DOW-UAP-D33, Mission Report, Greece, October 2023
Agency: Department of War
Incident date: 10/27/23
Incident location: Aegean Sea
Page 3
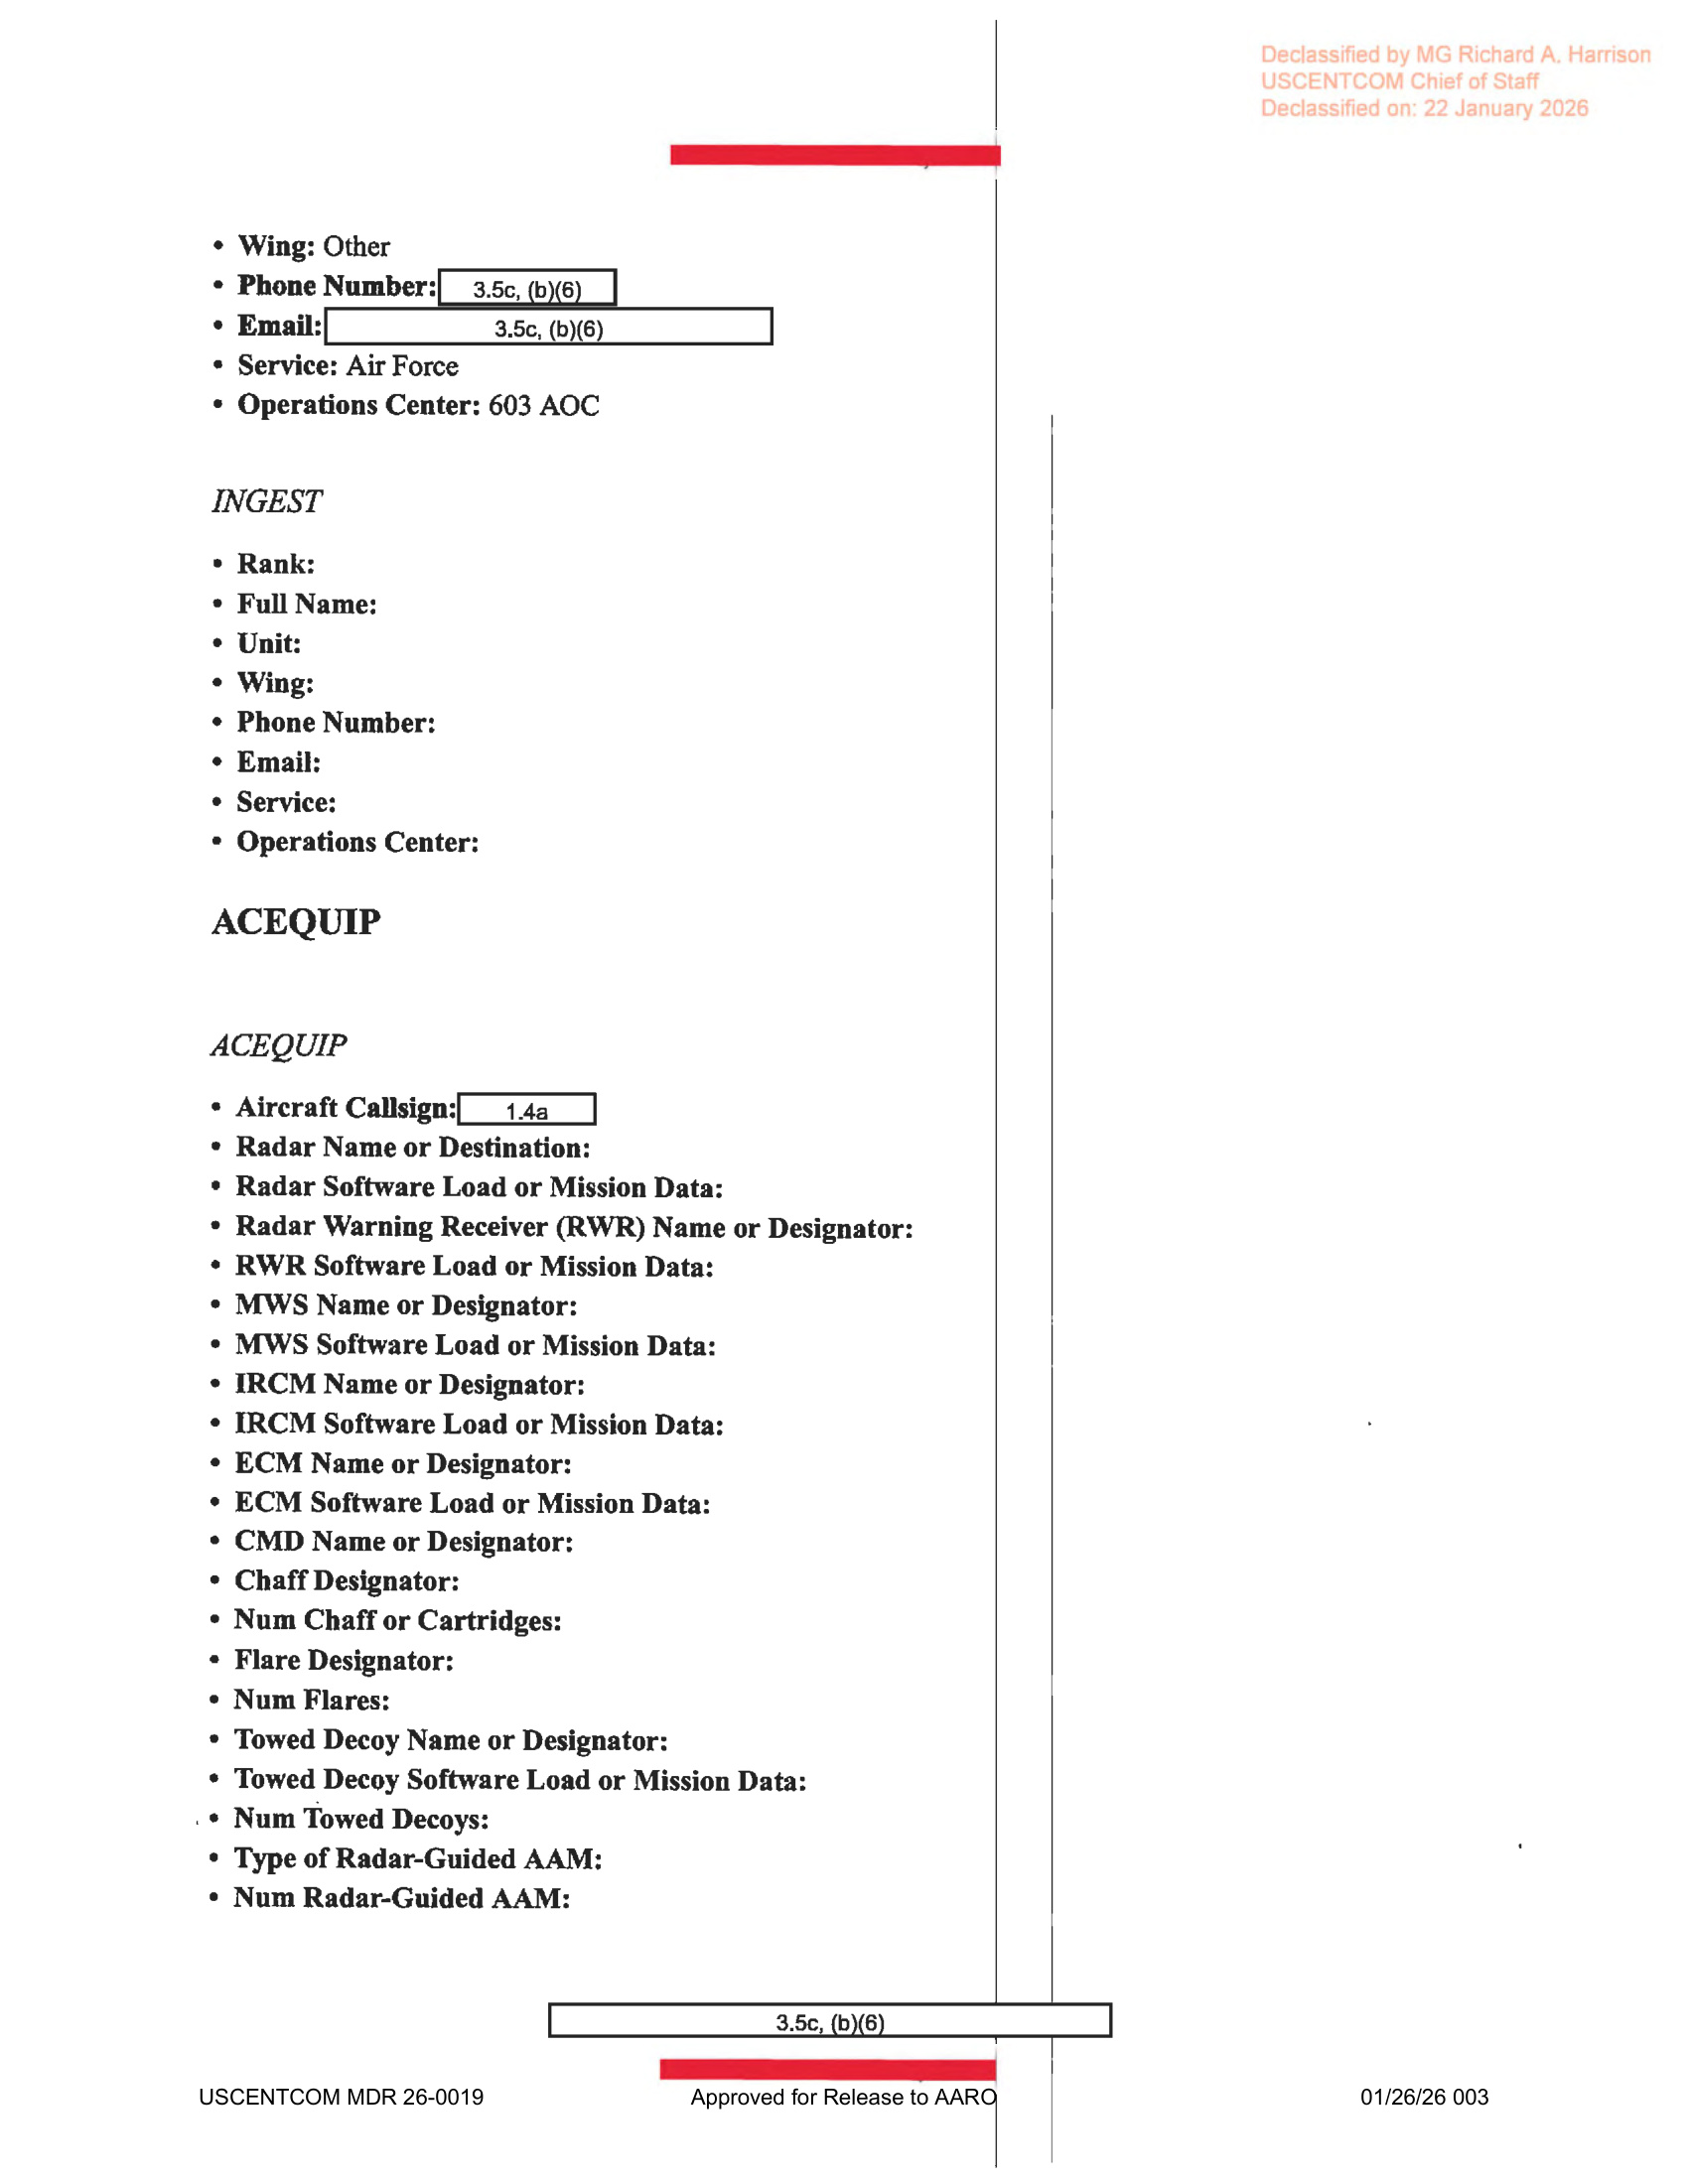